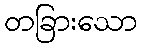
တခြားသော